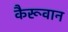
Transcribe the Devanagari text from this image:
कैरूवान